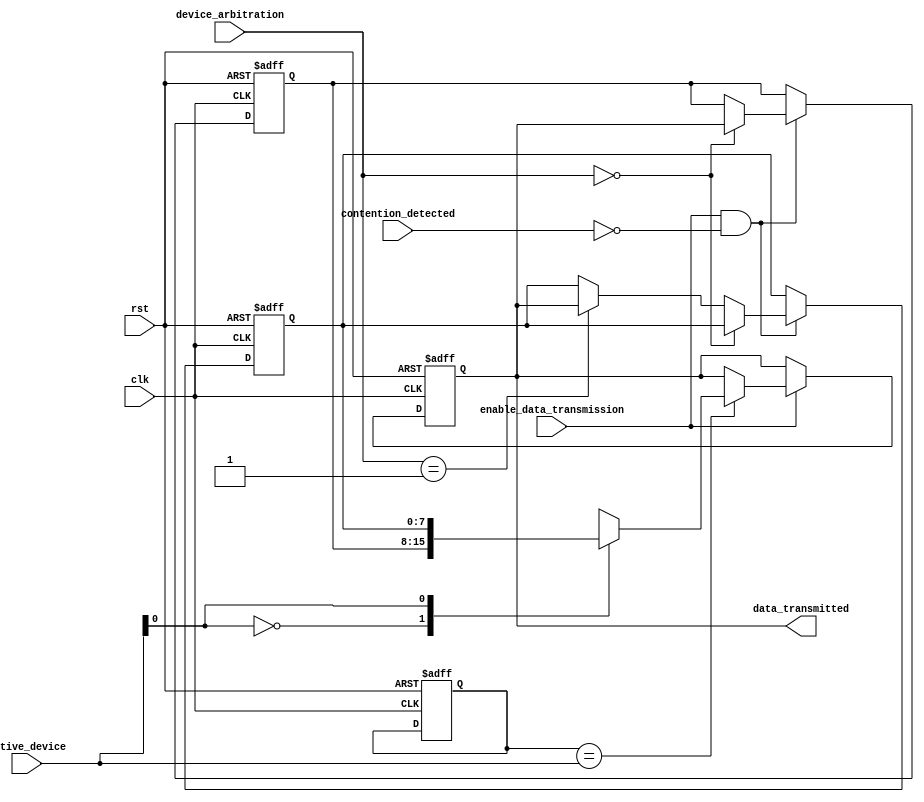
module IO_Block_Bus_Switch
(
  input wire clk,
  input wire rst,
  input wire [1:0] active_device,
  input wire enable_data_transmission,
  input wire [1:0] device_arbitration,
  input wire contention_detected,
  output wire [7:0] data_transmitted
);

reg [7:0] device_data [1:0];
reg [1:0] active_device_internal;
reg [7:0] data_transmitted_internal;

always @ (posedge clk or posedge rst) begin
  if (rst) begin
    active_device_internal <= 2'b0;
    data_transmitted_internal <= 8'b00000000;
  end else begin
    if (enable_data_transmission) begin
      if (active_device_internal == active_device) begin
        data_transmitted_internal <= device_data[active_device];
      end
    end
  end
end

always @ (posedge clk or posedge rst) begin
  if (rst) begin
    device_data[0] <= 8'b00000000;
    device_data[1] <= 8'b00000000;
  end else begin
    if (enable_data_transmission && !contention_detected) begin
      if (device_arbitration == 2'b00) begin
        device_data[0] <= data_transmitted;
      end else if (device_arbitration == 2'b01) begin
        device_data[1] <= data_transmitted;
      end
    end
  end
end

assign data_transmitted = data_transmitted_internal;

endmodule